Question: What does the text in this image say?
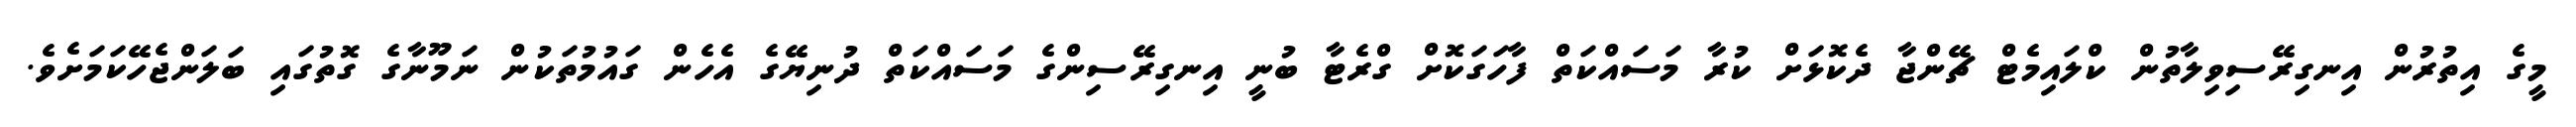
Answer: މީގެ އިތުރުން އިނގިރޭސިވިލާތުން ކްލައިމެޓް ޗޭންޖާ ދެކޮޅަށް ކުރާ މަސައްކަތް ފާހަގަކޮށް ގްރެޓާ ބުނީ އިނގިރޭސިންގެ މަސައްކަތް ދުނިޔޭގެ އެހެން ގައުމުތަކުން ނަމޫނާގެ ގޮތުގައި ބަލަންޖެހޭކަމަށެވެ.